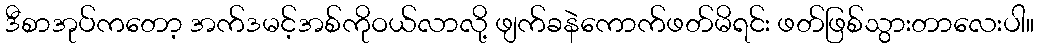
ဒီစာအုပ်ကတော့ အက်ဒမင့်အစ်ကိုဝယ်လာလို့ ဖျက်ခနဲကောက်ဖတ်မိရင်း ဖတ်ဖြစ်သွားတာလေးပါ။